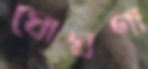
ঘোঘণা